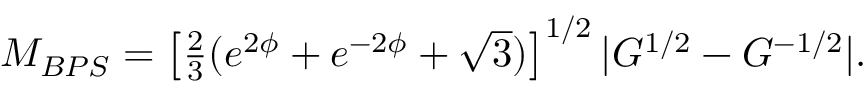
M _ { B P S } = \left[ \textstyle { \frac { 2 } { 3 } } ( e ^ { 2 \phi } + e ^ { - 2 \phi } + \sqrt { 3 } ) \right] ^ { 1 / 2 } | G ^ { 1 / 2 } - G ^ { - 1 / 2 } | .